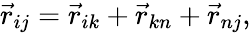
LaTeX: \vec{r}_{ij}=\vec{r}_{ik}+\vec{r}_{kn}+\vec{r}_{nj},